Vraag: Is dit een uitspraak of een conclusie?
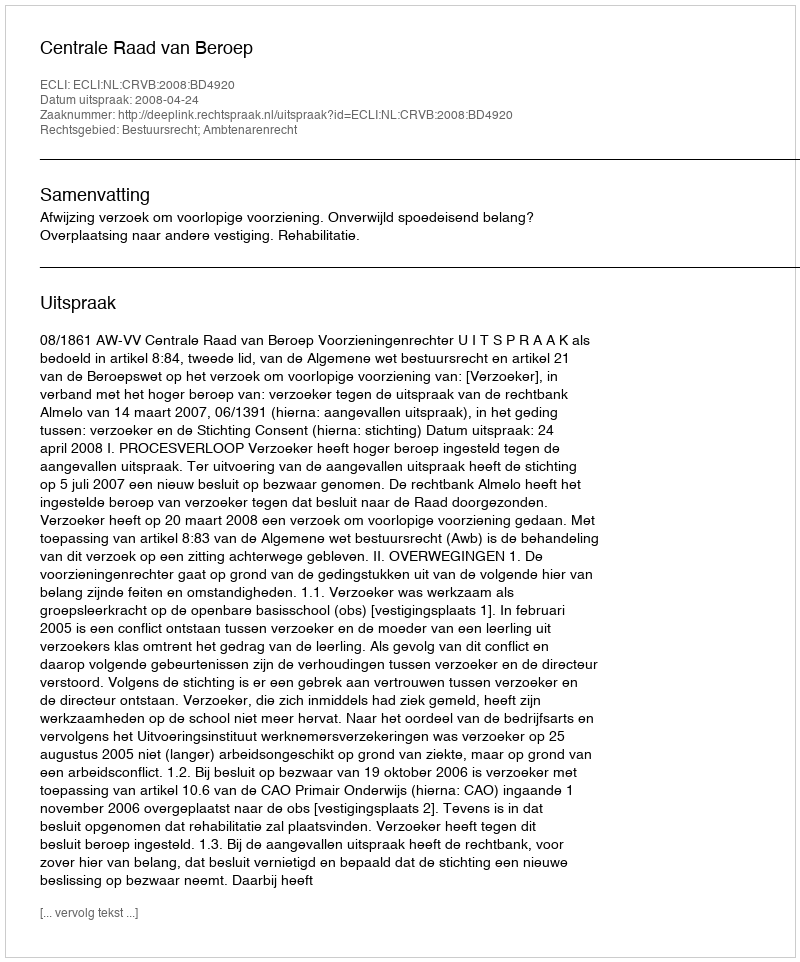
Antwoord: Uitspraak